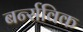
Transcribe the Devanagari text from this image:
बर्न्सविक